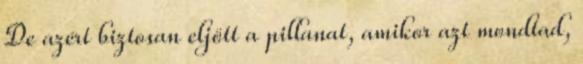
De azért biztosan eljött a pillanat, amikor azt mondtad,